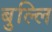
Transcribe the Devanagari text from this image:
बुल्लि